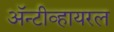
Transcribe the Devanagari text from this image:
अॅन्टीव्हायरल